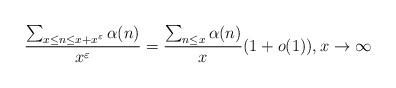
LaTeX: \begin{align*}\frac{\sum_{x \le n \le x+x^{\varepsilon}} \alpha(n)}{x^{\varepsilon}} = \frac{\sum_{n \le x} \alpha(n)}{x}(1+o(1)), x \to \infty\end{align*}